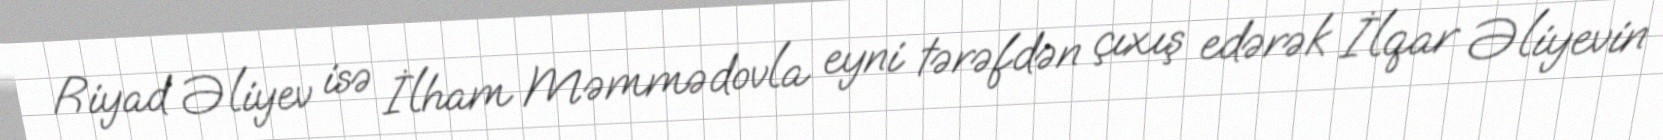
Riyad Əliyev isə İlham Məmmədovla eyni tərəfdən çıxış edərək İlqar Əliyevin